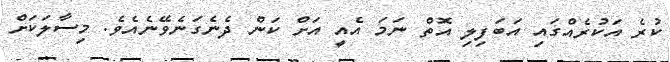
ކުރެ އަކުރެއްގައި އަބަފިލި އޮތް ނަމަ އެއީ އަށް ކަން ދެނެގަނެވޭނެއެވެ. މިސާލަކަށް